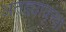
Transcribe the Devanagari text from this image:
अतद्व्यावृत्त्या